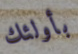
بأولئك